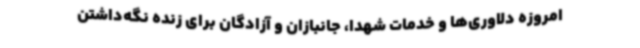
امروزه دلاوری‌ها و خدمات شهدا، جانبازان و آزادگان برای زنده نگه‌داشتن